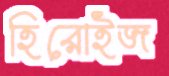
হিরোইজ